Problem: 11 × 9 = ?
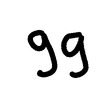
Handwritten answer: 99